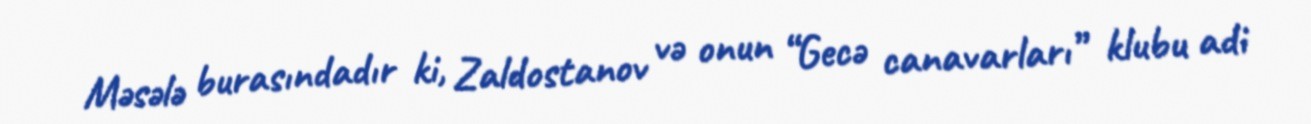
Məsələ burasındadır ki, Zaldostanov və onun “Gecə canavarları” klubu adi